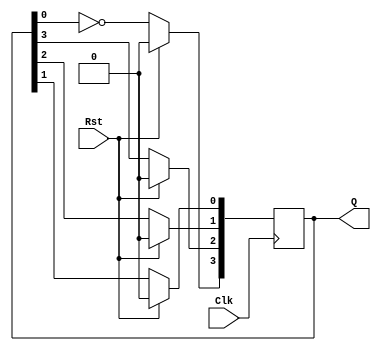
module Johnson_Counter(Clk,Rst,Q);
	input Clk,Rst;
	output reg [3:0] Q;
	always @(posedge Clk)
		begin
			if(Rst)
				Q <= 4'b0;
			else
				begin
					Q[3] <= ~Q[0];
					Q[2] <= Q[3];
					Q[1] <= Q[2];
					Q[0] <= Q[1];
				end
		end
endmodule